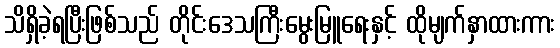
သိရှိခဲ့ရပြီးဖြစ်သည် တိုင်းဒေသကြီးမွေးမြူရေးနှင့် ထိုမျက်နှာထားကား